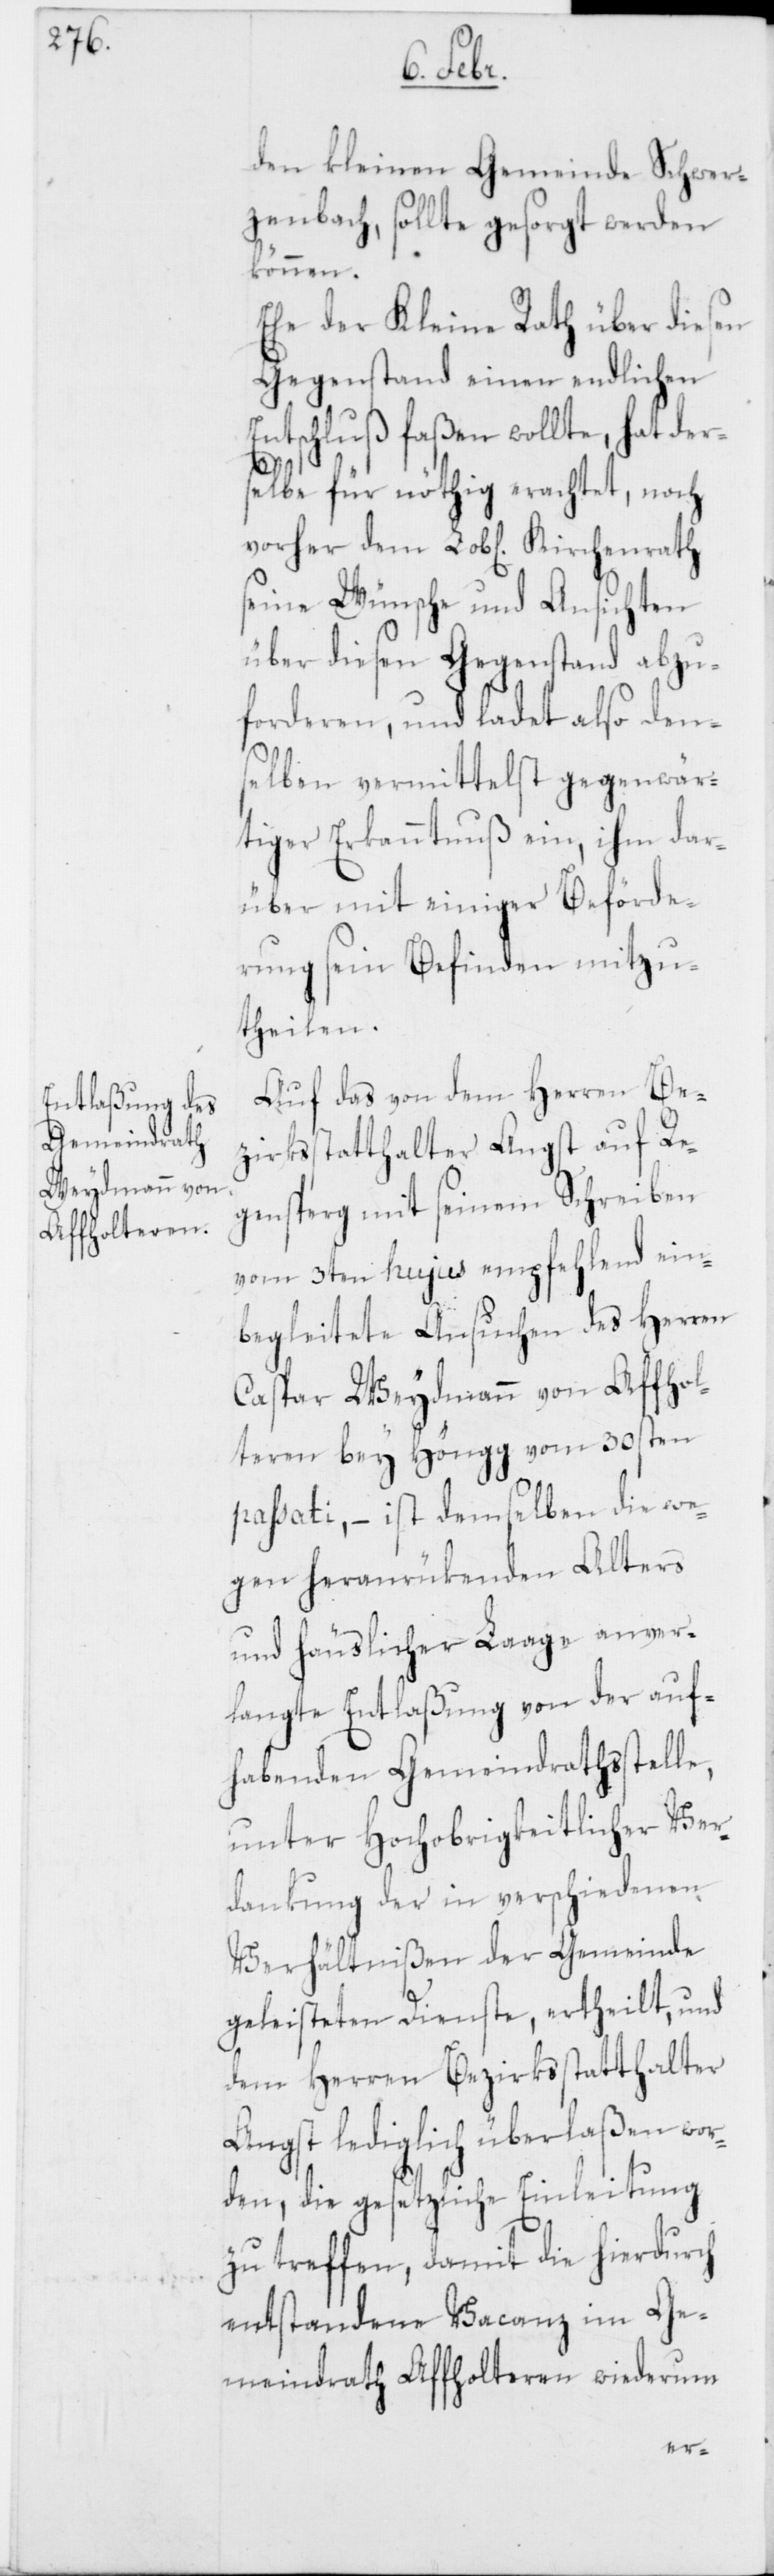
den kleinen Gemeinde Schwer¬
zenbach, sollte gesorgt werden
können.
Ehe der Kleine Rath über diesen
Gegenstand einen endlichen
Entschluß faßen wollte, hat der¬
selbe für nöthig erachtet, noch
seine Wünsche und Ansichten
über diesen Gegenstand abzu¬
forderen, und ladet also den¬
selben vermittelst gegenwär¬
tiger Erkanntnuß ein, ihm dar¬
über mit einiger Beförde¬
rung seyn Befinden mitzu¬
theilen.
Auf das von dem Herren Be¬
zirksstatthalter Angst auf Re¬
gensperg mit seinem Schreiben
vom 3ten hujus empfehlend ein¬
begleitete Ansuchen des Herren
Caspar Weydmann von Affhol¬
teren bey Höngg vom 30sten
passati, – ist demselben die we¬
gen heranrükenden Alters
und häuslicher Laage anver¬
langte Entlaßung von der auf¬
habenden Gemeindrathsstelle,
unter Hochobrigkeitlicher Ver¬
dankung der in verschiedenen
Verhältnißen der Gemeinde
geleisteten Dienste, ertheilt, und
dem Herren Bezirksstatthalter
Angst lediglich überlaßen wor¬
den, die gesetzliche Einleitung
zu treffen, damit die hierdurch
entstandene Vacanz im Ge¬
meindrath Affholteren wiederum